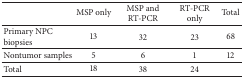
<table><thead><tr><td><b> </b></td><td><b>MSP only</b></td><td><b>MSP and RT-PCR</b></td><td><b>RT-PCR only</b></td><td><b>Total</b></td></tr></thead><tbody><tr><td>Primary NPC biopsies</td><td>13</td><td>32</td><td>23</td><td>68</td></tr><tr><td>Nontumor samples</td><td>5</td><td>6</td><td>1</td><td>12</td></tr><tr><td>Total </td><td>18</td><td>38</td><td>24</td><td> </td></tr></tbody></table>